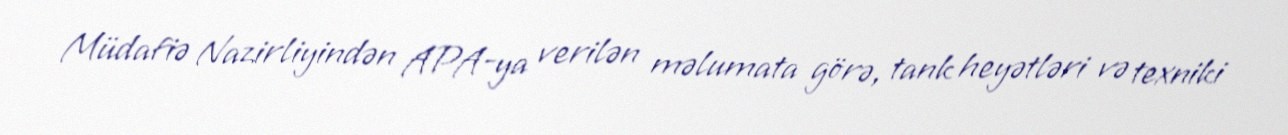
Müdafiə Nazirliyindən APA-ya verilən məlumata görə, tank heyətləri və texniki